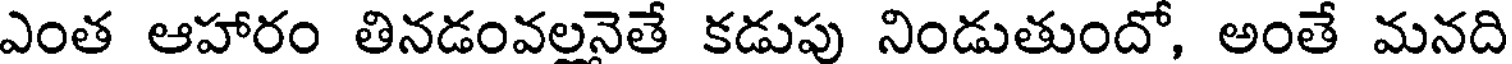
ఎంత ఆహారం తినడంవలనెతే కడుపు నిండుతుందో, అంతే మనది